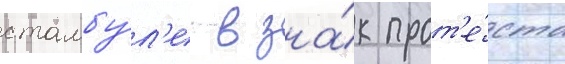
стамбу́л'е в зна́к прот'е́ста